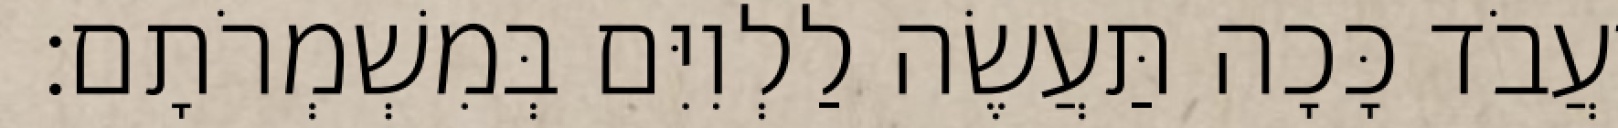
יַעֲבֹד כָּכָה תַּעֲשֶׂה לַלְוִיִּם בְּמִשְׁמְרֹתָם׃